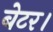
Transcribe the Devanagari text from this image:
बेटर।